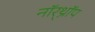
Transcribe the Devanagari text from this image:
नॉर्‌थ्रॉप